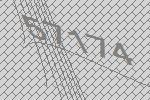
57174